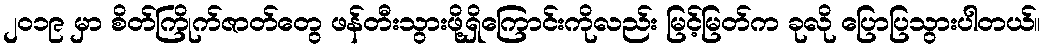
၂၀၁၉ မှာ စိတ်ကြိုက်ဇာတ်တွေ ဖန်တီးသွားဖို့ရှိကြောင်းကိုလည်း မြင့်မြတ်က ခုလို ပြောပြသွားပါတယ်။